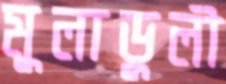
মুলাডুলী